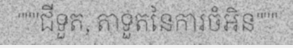
"""ជីទួត, តាទួតនៃការចំអិន"""